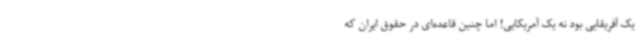
یک آفریقایی بود نه یک آمریکایی! اما چنین قاعده‌ای در حقوق ایران که